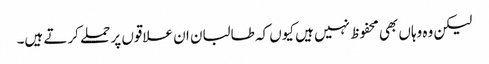
لیکن وہ وہاں بھی محفوظ نہیں ہیں کیوں کہ طالبان ان علاقوں پر حملے کرتے ہیں۔